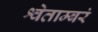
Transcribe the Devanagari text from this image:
श्वेताम्बरं